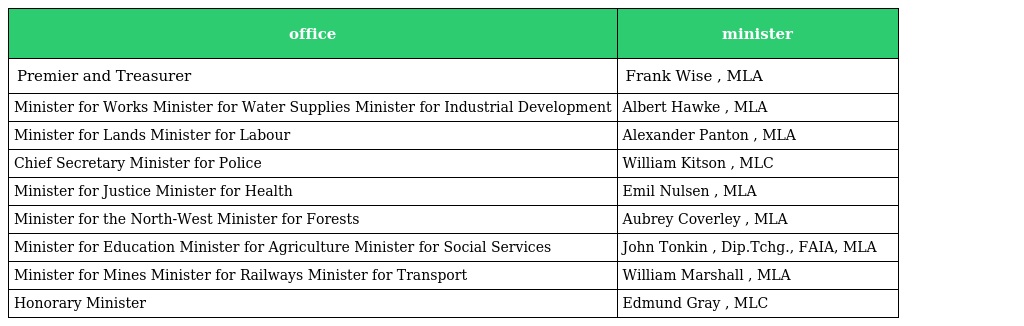
| office | minister |
 | --- | --- |
 | Premier and Treasurer | Frank Wise , MLA |
 | Minister for Works Minister for Water Supplies Minister for Industrial Development | Albert Hawke , MLA |
 | Minister for Lands Minister for Labour | Alexander Panton , MLA |
 | Chief Secretary Minister for Police | William Kitson , MLC |
 | Minister for Justice Minister for Health | Emil Nulsen , MLA |
 | Minister for the North-West Minister for Forests | Aubrey Coverley , MLA |
 | Minister for Education Minister for Agriculture Minister for Social Services | John Tonkin , Dip.Tchg., FAIA, MLA |
 | Minister for Mines Minister for Railways Minister for Transport | William Marshall , MLA |
 | Honorary Minister | Edmund Gray , MLC |